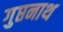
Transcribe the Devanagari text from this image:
गुप्तनाथ